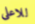
للاعلى